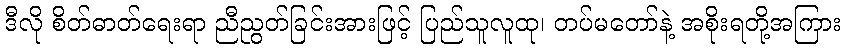
ဒီလို စိတ်ဓာတ်ရေးရာ ညီညွတ်ခြင်းအားဖြင့် ပြည်သူလူထု၊ တပ်မတော်နဲ့ အစိုးရတို့အကြား